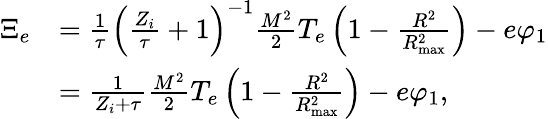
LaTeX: \begin{array}{rl}{\Xi_{e}}&{=\frac{1}{\tau}\left(\frac{Z_{i}}{\tau}+1\right)^{-1}\frac{M^{2}}{2}T_{e}\left(1-\frac{R^{2}}{R_{\mathrm{max}}^{2}}\right)-e\varphi_{1}}\\ &{=\frac{1}{Z_{i}+\tau}\frac{M^{2}}{2}T_{e}\left(1-\frac{R^{2}}{R_{\mathrm{max}}^{2}}\right)-e\varphi_{1},}\end{array}